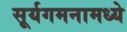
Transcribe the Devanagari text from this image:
सूर्यगमनामध्ये